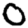
Digit: 0